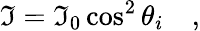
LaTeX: \mathfrak{I}=\mathfrak{I}_{0}\cos^{2}\theta_{i}\quad,